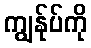
ကျွန်ုပ်ကို